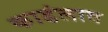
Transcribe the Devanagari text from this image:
काडंलाव